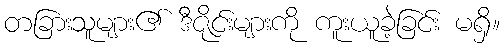
တခြားသူများ၏ ဒီဇိုင်းများကို ကူးယူခဲ့ခြင်း မရှိ။